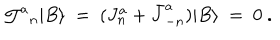
{ { \cal J } ^ { a } } _ { n } \vert B \rangle \ = \ ( J _ { n } ^ { a } + \bar { J } _ { - n } ^ { a } ) \vert B \rangle \ = \ 0 \ .